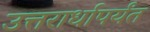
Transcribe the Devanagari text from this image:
उत्तरार्धापर्यंत